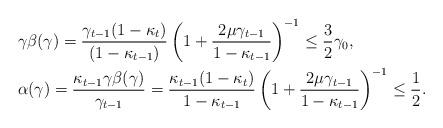
LaTeX: \begin{align*}&\gamma\beta(\gamma)=\frac{\gamma_{t-1}(1-\kappa_t)}{(1-\kappa_{t-1})}\left(1+\frac{2\mu\gamma_{t-1}}{1-\kappa_{t-1}}\right)^{-1}\leq\frac{3}{2}\gamma_0, \\ &\alpha(\gamma)=\frac{\kappa_{t-1}\gamma\beta(\gamma)}{\gamma_{t-1}}=\frac{\kappa_{t-1}(1-\kappa_{t})}{1-\kappa_{t-1}}\left(1+\frac{2\mu\gamma_{t-1}}{1-\kappa_{t-1}}\right)^{-1}\leq\frac{1}{2}. \end{align*}